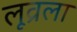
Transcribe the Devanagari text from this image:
लूव्रला